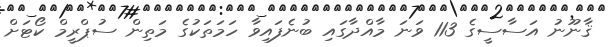
ޤާނޫނު އަސާސީގެ 113 ވަނަ މާއްދާގައި ބުނެފައިވާ ހަމަތަކުގެ މަތިން ސުޕްރީމް ކޯޓަށް